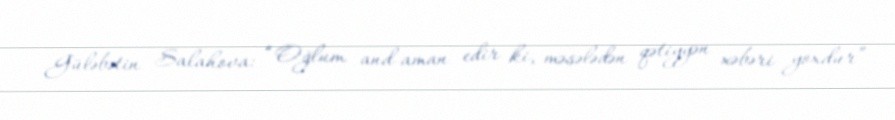
Güləbətin Salahova: “Oğlum and-aman edir ki, məsələdən qətiyyən xəbəri yoxdur”